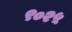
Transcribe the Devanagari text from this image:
९०२५